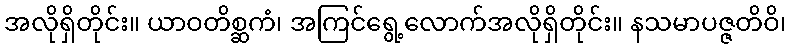
အလိုရှိတိုင်း။ ယာဝတိစ္ဆကံ၊ အကြင်ရွေ့လောက်အလိုရှိတိုင်း။ နသမာပဇ္ဇတိဝိ၊